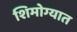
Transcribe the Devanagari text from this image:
शिमोग्यात